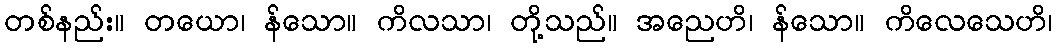
တစ်နည်း။ တယော၊ န်သော။ ကိလသာ၊ တို့သည်။ အညေဟိ၊ န်သော။ ကိလေသေဟိ၊